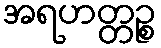
အရဟတ္တဉ္စ